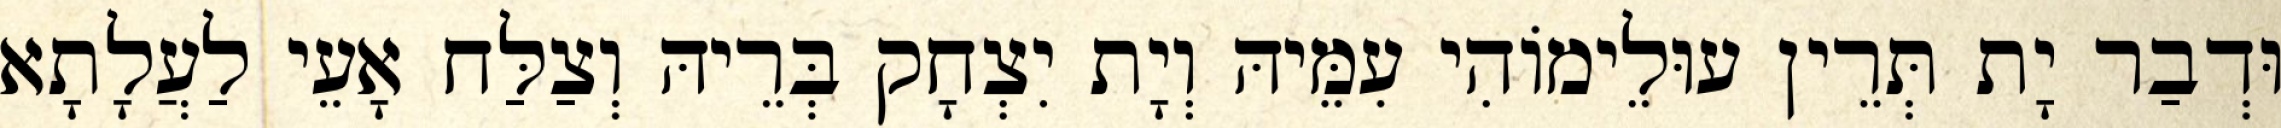
וּדְבַר יָת תְּרֵין עוּלֵימוֹהִי עִמֵּיהּ וְיָת יִצְחָק בְּרֵיהּ וְצַלַּח אָעֵי לַעֲלָתָא